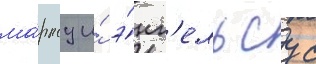
ма́рксу и́ э́нг'ельсу с